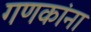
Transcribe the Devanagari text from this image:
गणकांना